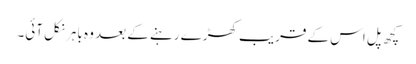
کچھ پل اس کے قریب کھڑے رہنے کے بعد وہ باہر نکل آئی۔